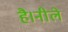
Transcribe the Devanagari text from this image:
है।नीले